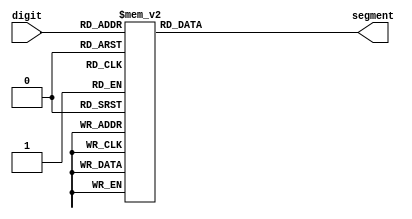
module sseg_display(
	input [3:0] digit,
	output reg [7:0] segment
);

always@ (digit)
begin
	case (digit)
	4'd0:		segment <= 8'b1100_0000;
	4'd1:		segment <= 8'b1111_1001;
	4'd2:		segment <= 8'b1010_0100;
	4'd3:		segment <= 8'b1011_0000;
	4'd4:		segment <= 8'b1001_1001;
	4'd5:		segment <= 8'b1001_0010;
	4'd6:		segment <= 8'b1000_0010;
	4'd7:		segment <= 8'b1111_1000;
	4'd8:		segment <= 8'b1000_0000;
	4'd9:		segment <= 8'b1001_0000;
	default:	segment <= 8'b0111_1111;
	endcase
end

endmodule

module sseg_decoder(
	input [7:0] data_in,
	output reg [3:0] digit0,
	output reg [3:0] digit1,
	output reg [3:0] digit2
);

always@ (data_in)
begin
	digit0 <= data_in % 8'd10;
	digit1 <= (data_in / 8'd10) % 8'd10;
	digit2 <= (data_in / 8'd100) % 8'd10;
end

endmodule

module sseg_controller(
	input [7:0] value_in,
	output [7:0] HEX0,
	output [7:0] HEX1,
	output [7:0] HEX2,
	
	input clk,
	input rst,
	input wr
);

reg [7:0] value = 0;
wire [3:0] digit0;
wire [3:0] digit1;
wire [3:0] digit2;

sseg_decoder dec(
	.data_in(value),
	.digit0(digit0),
	.digit1(digit1),
	.digit2(digit2)
);
sseg_display displ0(
	.digit(digit0),
	.segment(HEX0)
);
sseg_display displ1(
	.digit(digit1),
	.segment(HEX1)
);
sseg_display displ2(
	.digit(digit2),
	.segment(HEX2)
);

always@ (posedge clk, posedge rst)
begin
	if (rst) value <= 8'b0;
	else if (wr) value <= value_in;
end

endmodule